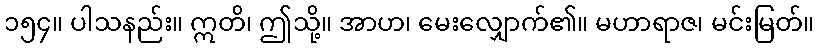
၁၅၄။ ပါသနည်း။ ဣတိ၊ ဤသို့။ အာဟ၊ မေးလျှောက်၏။ မဟာရာဇ၊ မင်းမြတ်။